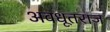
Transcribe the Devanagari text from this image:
अवधूतराज